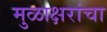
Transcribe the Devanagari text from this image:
मुळाक्षरांचा